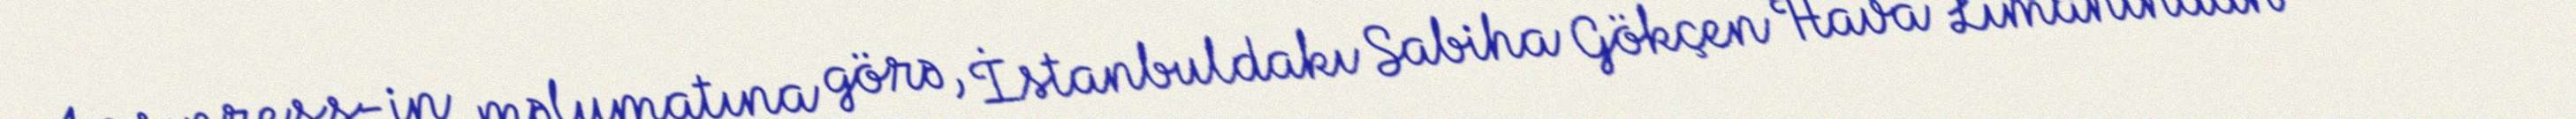
Ans press-in məlumatına görə, İstanbuldakı Sabiha Gökçen Hava Limanından səmaya